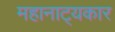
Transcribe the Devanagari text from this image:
महानाट्यकार